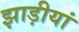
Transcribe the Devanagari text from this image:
झाड़ीयां